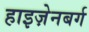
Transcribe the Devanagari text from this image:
हाइज़ेनबर्ग